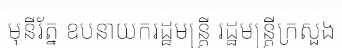
មុនីរ័ត្ន ឧបនាយករដ្ឋមន្ត្រី រដ្ឋមន្ត្រីក្រសួង